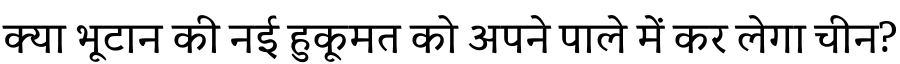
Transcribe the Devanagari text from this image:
क्या भूटान की नई हुकूमत को अपने पाले में कर लेगा चीन?